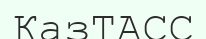
ҚазТАСС